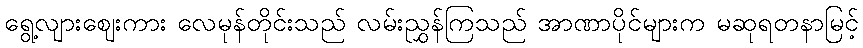
ရွေ့လျားဈေးကား လေမုန်တိုင်းသည် လမ်းညွှန်ကြသည် အာဏာပိုင်များက မဆုရတနာမြင့်